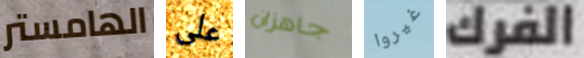
الهامستر على جاهزان غيروا الفرك